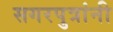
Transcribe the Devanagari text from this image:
सगरपुत्रांनी